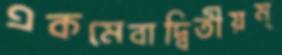
একমেবাদ্বিতীয়ম্‌